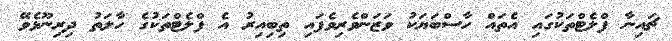
ޗައިނާ ފްލެޓްތަކުގައި އެތައް ހާސްބަޔަކު ވަޒަންވެރިވެފައި ތިބިއިރު އެ ފްލެޓްތަކުގެ ހާލަތު ދިރިނޫޅެވޭ